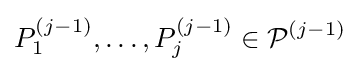
P_{1}^{(j-1)},\ldots ,P_{j}^{(j-1)}\in {\mathcal {P}}^{(j-1)}